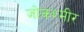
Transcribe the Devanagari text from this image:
जोकश्मीर